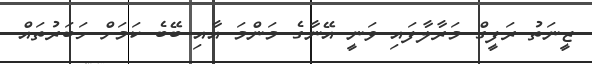
ޒީނަތު ރަފީގް މަރާލާފައި ވަނީ އޭނާގެ މަންމަ އާއި ބޭބެ ކަމަށް ހަބަރުތައް